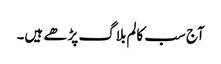
آج سب کالم بلاگ پڑھے ہیں۔